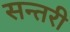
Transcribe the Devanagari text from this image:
सन्तरी